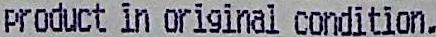
PRODUCT IN ORIGINAL CONDITION.